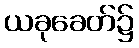
ယခုခေတ်၌